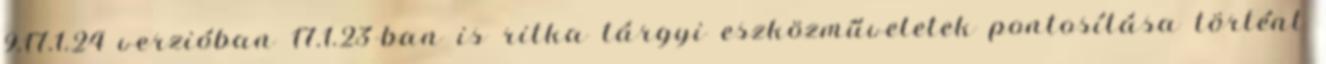
9.17.1.24 verzióban 17.1.23-ban is ritka tárgyi eszközműveletek pontosítása történt